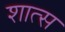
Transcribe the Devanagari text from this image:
शात्स